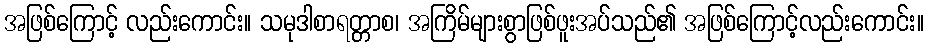
အဖြစ်ကြောင့် လည်းကောင်း။ သမုဒါစာရတ္တာစ၊ အကြိမ်များစွာဖြစ်ဖူးအပ်သည်၏ အဖြစ်ကြောင့်လည်းကောင်း။